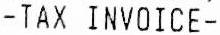
-TAX INVOICE-